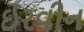
ઈરવીન